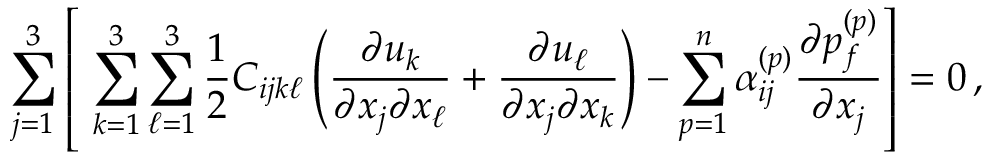
\sum _ { j = 1 } ^ { 3 } \left[ \, \, \sum _ { k = 1 } ^ { 3 } \sum _ { \ell = 1 } ^ { 3 } \frac { 1 } { 2 } C _ { i j k \ell } \left( \frac { \partial u _ { k } } { \partial { x _ { j } } \partial { x _ { \ell } } } + \frac { \partial u _ { \ell } } { \partial { x _ { j } } \partial { x _ { k } } } \right) - \sum _ { p = 1 } ^ { n } \alpha _ { i j } ^ { ( p ) } \frac { \partial { p _ { f } ^ { ( p ) } } } { \partial { x _ { j } } } \right] = 0 \, ,